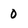
Character: 0